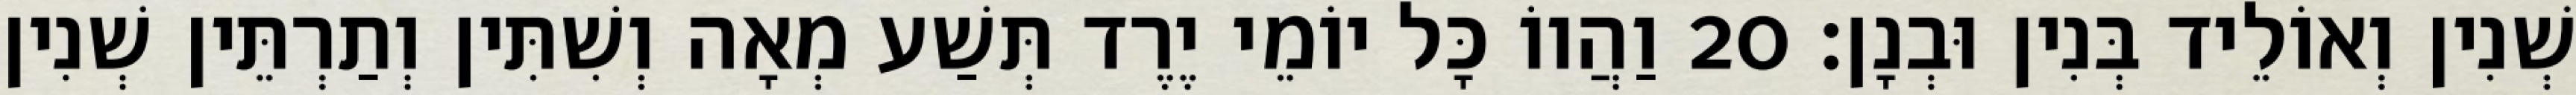
שְׁנִין וְאוֹלֵיד בְּנִין וּבְנָן׃ 20 וַהֲווֹ כָּל יוֹמֵי יֶרֶד תְּשַׁע מְאָה וְשִׁתִּין וְתַרְתֵּין שְׁנִין